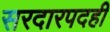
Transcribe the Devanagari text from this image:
सरदारपदही